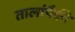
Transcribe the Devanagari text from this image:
तालांपैकी